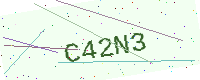
Text: C42N3